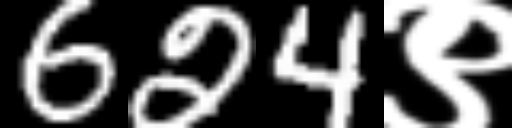
Text: 624९